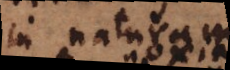
in naturam